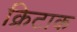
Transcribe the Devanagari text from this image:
क्रिटाक